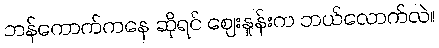
ဘန်ကောက်ကနေ ဆိုရင် ဈေးနှုန်းက ဘယ်လောက်လဲ။